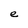
Character: e